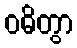
ဝဓိတွာ